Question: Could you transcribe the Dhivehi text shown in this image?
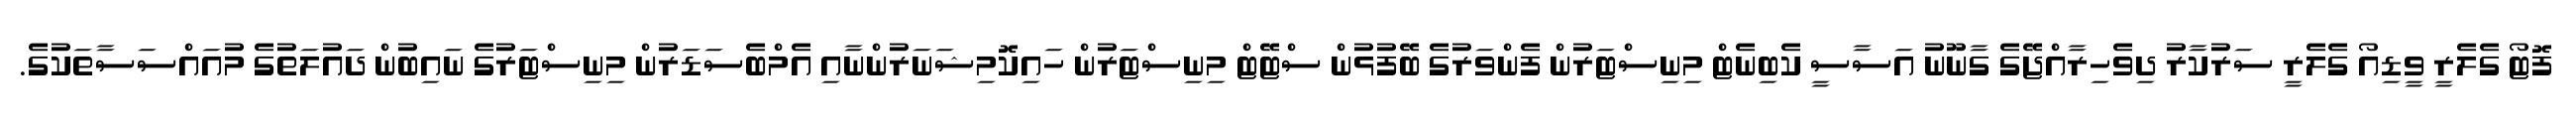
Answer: ފޮޓޯ ގެލެރީ ވީޑިއޯ ގެލެރީ ސަރުކާރު ދިވެހިރާއްޖޭގެ ގާނޫނު އަސާސީ ކެބިނެޓް މިނިސްޓަރުން ފެންވަރުގެ ބޭފުޅުން ސްޓޭޓް މިނިސްޓަރުން ހައިކޮމިޝަނަރުންނާއި އެމްބެސަޑަރުން މިނިސްޓަރުގެ ނައިބުން ދައުލަތުގެ މުއައްސަސާތަކުގެ.